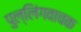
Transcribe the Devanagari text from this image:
पुल्लिंगवाचक